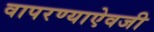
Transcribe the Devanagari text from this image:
वापरण्याऐवजी